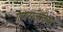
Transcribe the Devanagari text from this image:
गणराजकिय